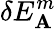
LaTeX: \delta E_{\mathbf{A}}^{m}